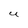
Character: U